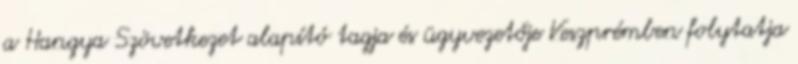
a Hangya Szövetkezet alapító tagja és ügyvezetője Veszprémben folytatja